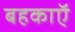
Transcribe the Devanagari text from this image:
बहकाएॅ